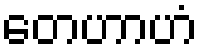
တေဟာဟံ